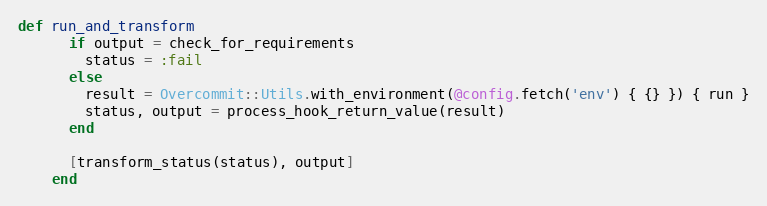
Language: Ruby
def run_and_transform
      if output = check_for_requirements
        status = :fail
      else
        result = Overcommit::Utils.with_environment(@config.fetch('env') { {} }) { run }
        status, output = process_hook_return_value(result)
      end

      [transform_status(status), output]
    end